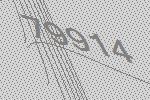
79914